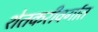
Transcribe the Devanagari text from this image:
शेतकरीवर्गात